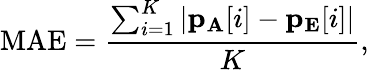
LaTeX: \mathrm{MAE}=\frac{\sum_{i=1}^{K}\left|\mathbf{p_{A}}[i]-\mathbf{p_{E}}[i]\right|}{K},